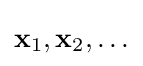
\mathbf {x} _{1},\mathbf {x} _{2},\ldots